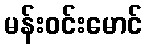
မန်းဝင်းမောင်